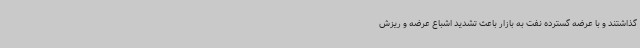
گذاشتند و با عرضه گسترده نفت به بازار باعث تشدید اشباع عرضه و ریزش